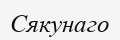
Сякунаго